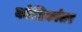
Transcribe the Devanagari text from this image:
कोशिकांतर